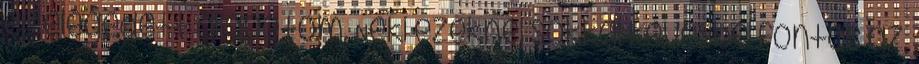
és elégedett állapotom. Neki ezeknél sokkal kevésbé fontos az,